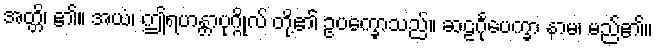
အတ္တိ၊ ၏။ အယံ၊ ဤရဟန္တာပုဂ္ဂိုလ် တို့၏ ဥပက္ခောသည်။ ဆဠင်္ဂုပေက္ခာ နာမ၊ မည်၏။